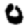
Digit: 0